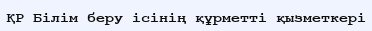
ҚР Білім беру ісінің құрметті қызметкері